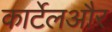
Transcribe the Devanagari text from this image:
कार्टेलऔर